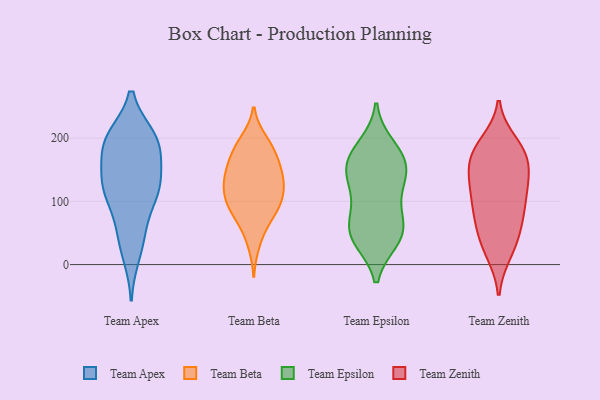
{"axis": {"x": "Backlog", "y": "Value"}, "legend": ["Team Apex", "Team Beta", "Team Epsilon", "Team Zenith"], "data": [{"x": "", "y": 132, "type": "Team Apex"}, {"x": "", "y": 17, "type": "Team Apex"}, {"x": "", "y": 187, "type": "Team Apex"}, {"x": "", "y": 111, "type": "Team Apex"}, {"x": "", "y": 115, "type": "Team Apex"}, {"x": "", "y": 46, "type": "Team Apex"}, {"x": "", "y": 115, "type": "Team Apex"}, {"x": "", "y": 124, "type": "Team Apex"}, {"x": "", "y": 197, "type": "Team Apex"}, {"x": "", "y": 200, "type": "Team Apex"}, {"x": "", "y": 176, "type": "Team Apex"}, {"x": "", "y": 197, "type": "Team Apex"}, {"x": "", "y": 136, "type": "Team Apex"}, {"x": "", "y": 198, "type": "Team Apex"}, {"x": "", "y": 55, "type": "Team Apex"}, {"x": "", "y": 180, "type": "Team Beta"}, {"x": "", "y": 112, "type": "Team Beta"}, {"x": "", "y": 95, "type": "Team Beta"}, {"x": "", "y": 192, "type": "Team Beta"}, {"x": "", "y": 85, "type": "Team Beta"}, {"x": "", "y": 131, "type": "Team Beta"}, {"x": "", "y": 33, "type": "Team Beta"}, {"x": "", "y": 196, "type": "Team Beta"}, {"x": "", "y": 150, "type": "Team Beta"}, {"x": "", "y": 182, "type": "Team Beta"}, {"x": "", "y": 132, "type": "Team Beta"}, {"x": "", "y": 89, "type": "Team Beta"}, {"x": "", "y": 148, "type": "Team Beta"}, {"x": "", "y": 59, "type": "Team Beta"}, {"x": "", "y": 127, "type": "Team Beta"}, {"x": "", "y": 103, "type": "Team Beta"}, {"x": "", "y": 148, "type": "Team Beta"}, {"x": "", "y": 114, "type": "Team Beta"}, {"x": "", "y": 164, "type": "Team Beta"}, {"x": "", "y": 80, "type": "Team Beta"}, {"x": "", "y": 170, "type": "Team Epsilon"}, {"x": "", "y": 173, "type": "Team Epsilon"}, {"x": "", "y": 125, "type": "Team Epsilon"}, {"x": "", "y": 39, "type": "Team Epsilon"}, {"x": "", "y": 92, "type": "Team Epsilon"}, {"x": "", "y": 79, "type": "Team Epsilon"}, {"x": "", "y": 135, "type": "Team Epsilon"}, {"x": "", "y": 142, "type": "Team Epsilon"}, {"x": "", "y": 188, "type": "Team Epsilon"}, {"x": "", "y": 144, "type": "Team Epsilon"}, {"x": "", "y": 56, "type": "Team Epsilon"}, {"x": "", "y": 45, "type": "Team Epsilon"}, {"x": "", "y": 39, "type": "Team Epsilon"}, {"x": "", "y": 56, "type": "Team Epsilon"}, {"x": "", "y": 167, "type": "Team Epsilon"}, {"x": "", "y": 189, "type": "Team Zenith"}, {"x": "", "y": 174, "type": "Team Zenith"}, {"x": "", "y": 146, "type": "Team Zenith"}, {"x": "", "y": 18, "type": "Team Zenith"}, {"x": "", "y": 178, "type": "Team Zenith"}, {"x": "", "y": 122, "type": "Team Zenith"}, {"x": "", "y": 88, "type": "Team Zenith"}, {"x": "", "y": 94, "type": "Team Zenith"}, {"x": "", "y": 164, "type": "Team Zenith"}, {"x": "", "y": 87, "type": "Team Zenith"}, {"x": "", "y": 48, "type": "Team Zenith"}, {"x": "", "y": 52, "type": "Team Zenith"}, {"x": "", "y": 50, "type": "Team Zenith"}, {"x": "", "y": 135, "type": "Team Zenith"}, {"x": "", "y": 140, "type": "Team Zenith"}, {"x": "", "y": 19, "type": "Team Zenith"}, {"x": "", "y": 124, "type": "Team Zenith"}, {"x": "", "y": 193, "type": "Team Zenith"}, {"x": "", "y": 173, "type": "Team Zenith"}, {"x": "", "y": 90, "type": "Team Zenith"}]}